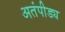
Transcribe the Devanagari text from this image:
अतंपीड्य